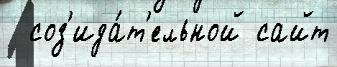
  соз'ида́т'ельной сайт